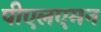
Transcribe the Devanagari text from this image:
पीएलएमन